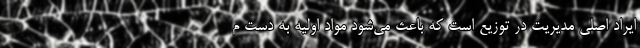
ایراد اصلی مدیریت در توزیع است که باعث می‌شود مواد اولیه به دست م